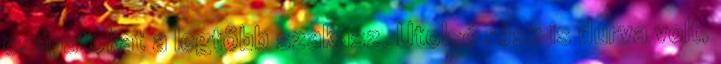
csapatokat a legtöbb szakasz. Utolsó rész is durva volt,